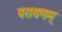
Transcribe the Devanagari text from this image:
परायणम्